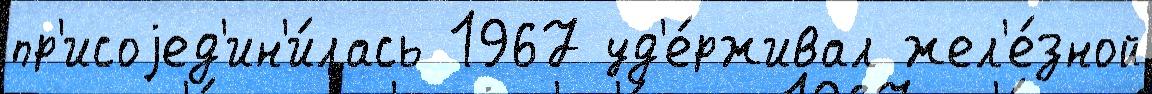
пр'исоjед'ин'и́лась 1967 уд'е́рживал жел'е́зной